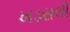
ખડસલી